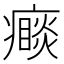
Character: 𭼮